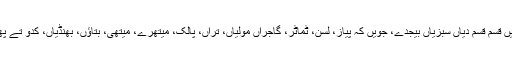
آرائیں قسم قسم دیاں سبزیاں بیجدے، جویں کہ پیاز، لسن، ٹماٹر، گاجراں مُولیاں، تراں، پالک، میتھرے، میتھی، بتاؤں، بھنڈیاں، کدو تے پھُٹاں۔